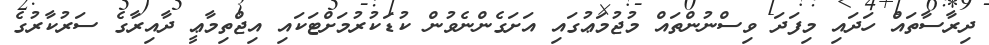
ދިރާސާތައް ހަދައި މިފަދަ ވިސްނުންތައް މުޖުމަޢުގައި އަށަގެންނެވުން ކުޑަކުރުމަށްޓަކައި އިޖްތިމާޢީ ދާއިރާގެ ސަރުކާރުގެ